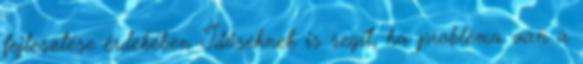
fejlesztése érdekében Időseknek is segít, ha probléma van a